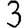
Digit: 3